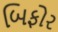
બિફોર